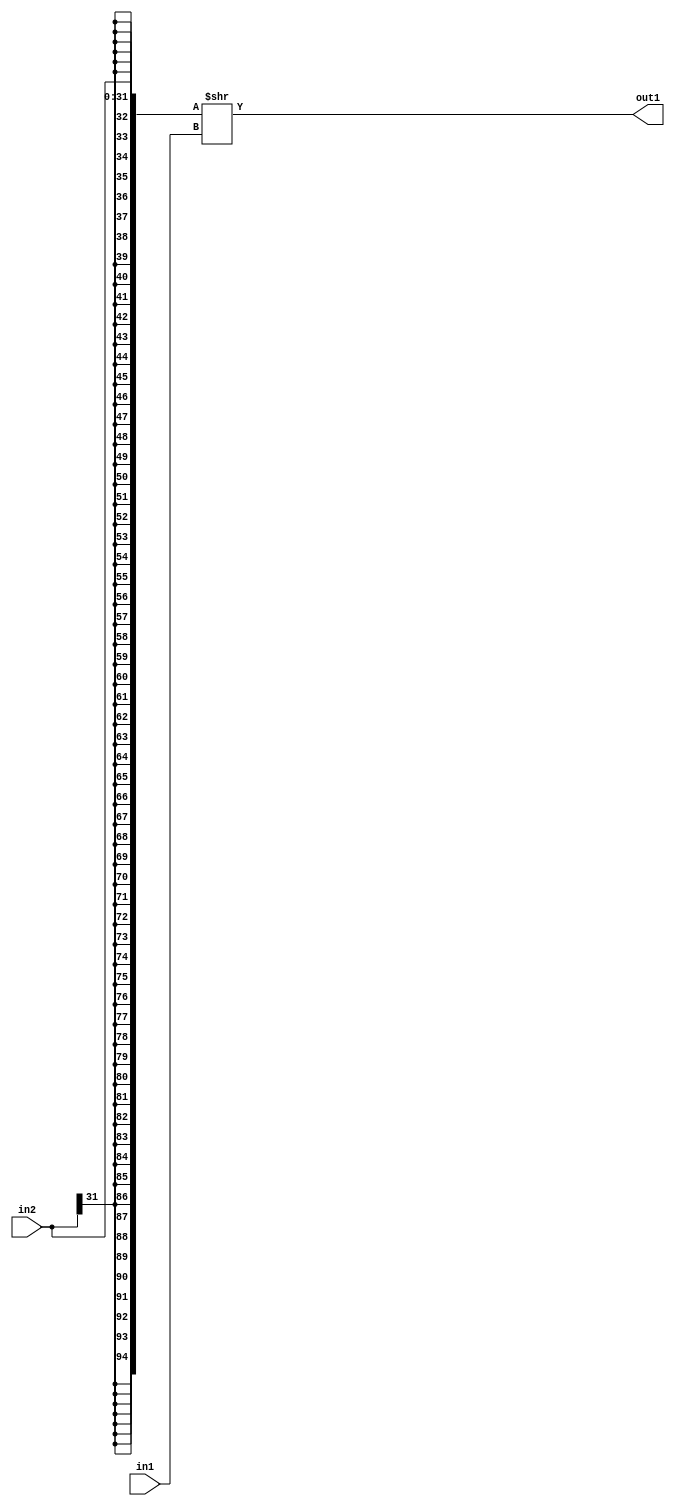
`timescale 1ps / 1ps
/*****************************************************************************
    Verilog RTL Description
    
    
    Created by: Stratus DpOpt 2019.1.01 
*******************************************************************************/

module pe_array_RightShift_32Sx6U_32S_4_1 (
	in2,
	in1,
	out1
	); /* architecture "behavioural" */ 
input [31:0] in2;
input [5:0] in1;
output [31:0] out1;
wire [31:0] asc001;

assign asc001 = {{63{in2[31]}}, in2} >> in1;

assign out1 = asc001;
endmodule

/* CADENCE  ubTxSQ4= : u9/ySgnWtBlWxVPRXgAZ4Og= ** DO NOT EDIT THIS LINE ******/